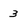
Character: 3